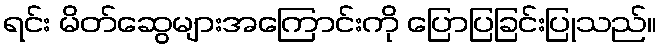
ရင်း မိတ်ဆွေများအကြောင်းကို ပြောပြခြင်းပြုသည်။